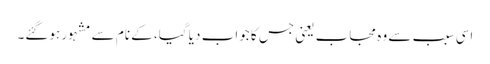
اسی سبب سے وہ مجاب یعنی جس کا جواب دیا گیا، کے نام سے مشہور ہوگئے۔